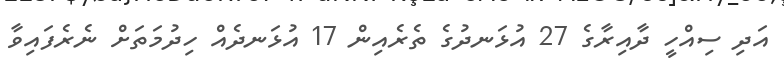
އަދި ސިއްހީ ދާއިރާގެ 27 އުޅަނދުގެ ތެރެއިން 17 އުޅަނދެއް ހިދުމަތަށް ނެރެފައިވާ